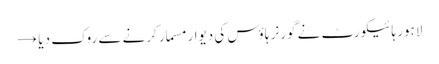
لاہور ہائیکورٹ نے گورنر ہاؤس کی دیوار مسمار کرنے سے روک دیا →